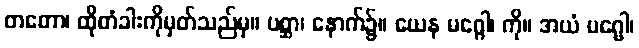
တတော၊ ထိုတံခါးကိုမှတ်သည်မှ။ ပစ္ဆာ၊ နောက်၌။ ယေန မဂ္ဂေါ၊ ကို။ အယံ မဂ္ဗေါ၊